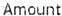
AMOUNT